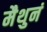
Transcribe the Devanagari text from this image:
मैथुनं